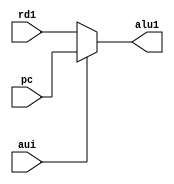
`timescale 1ns / 1ps
//////////////////////////////////////////////////////////////////////////////////
// Company: 
// Engineer: 
// 
// Design Name: 
// Module Name: MUX4
// Project Name: 
// Target Devices: 
// Tool Versions: 
// Description: 
// 
// Dependencies: 
// 
// Revision:
// Revision 0.01 - File Created
// Additional Comments:
// 
//////////////////////////////////////////////////////////////////////////////////


module MUX4(
    input aui,
    input [31:0] rd1,
    input [31:0] pc,

    output [31:0] alu1
    );

reg [31:0] temp;
assign alu1=temp;

    always @(*)begin
        if(aui==1)temp=pc;
        else temp=rd1;    
    end

endmodule